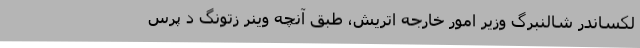
لکساندر شالنبرگ وزیر امور خارجه اتریش، طبق آنچه وینر زتونگ دِ پرس